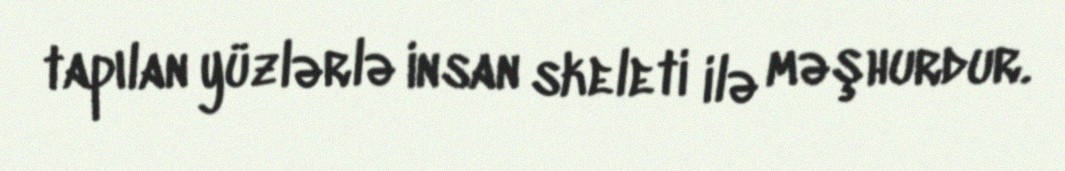
tapılan yüzlərlə insan skeleti ilə məşhurdur.